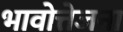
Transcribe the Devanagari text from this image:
भावोत्तेजना